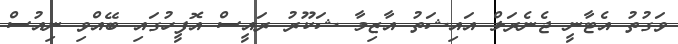
ވަގުތު އެޓާނީ ޖެނެރަލް އައިޝަތު އާޒިމާ ޝަކޫރު ރައީސް އޮފީހުގައި ބޭއްވި ނިއުސް